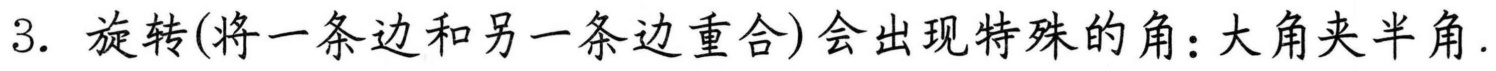
3. 旋转(将一条边和另一条边重合)会出现特殊的角：大角夹半角.